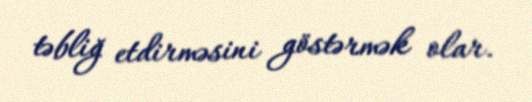
təbliğ etdirməsini göstərmək olar.